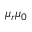
\mu _ { r } \mu _ { 0 }